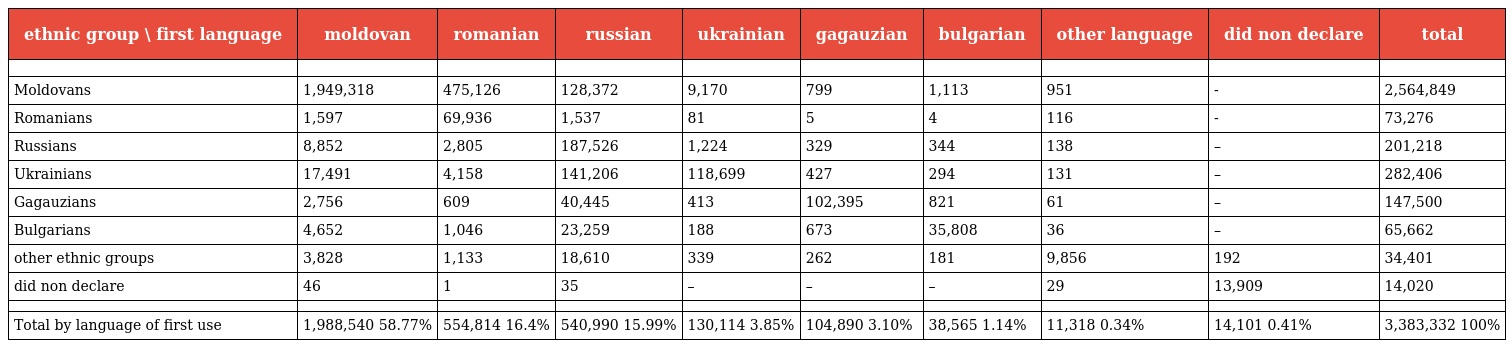
| ethnic group \ first language | moldovan | romanian | russian | ukrainian | gagauzian | bulgarian | other language | did non declare | total |
 | --- | --- | --- | --- | --- | --- | --- | --- | --- | --- |
 |  |  |  |  |  |  |  |  |  |  |
 | Moldovans | 1,949,318 | 475,126 | 128,372 | 9,170 | 799 | 1,113 | 951 | - | 2,564,849 |
 | Romanians | 1,597 | 69,936 | 1,537 | 81 | 5 | 4 | 116 | - | 73,276 |
 | Russians | 8,852 | 2,805 | 187,526 | 1,224 | 329 | 344 | 138 | – | 201,218 |
 | Ukrainians | 17,491 | 4,158 | 141,206 | 118,699 | 427 | 294 | 131 | – | 282,406 |
 | Gagauzians | 2,756 | 609 | 40,445 | 413 | 102,395 | 821 | 61 | – | 147,500 |
 | Bulgarians | 4,652 | 1,046 | 23,259 | 188 | 673 | 35,808 | 36 | – | 65,662 |
 | other ethnic groups | 3,828 | 1,133 | 18,610 | 339 | 262 | 181 | 9,856 | 192 | 34,401 |
 | did non declare | 46 | 1 | 35 | – | – | – | 29 | 13,909 | 14,020 |
 |  |  |  |  |  |  |  |  |  |  |
 | Total by language of first use | 1,988,540 58.77% | 554,814 16.4% | 540,990 15.99% | 130,114 3.85% | 104,890 3.10% | 38,565 1.14% | 11,318 0.34% | 14,101 0.41% | 3,383,332 100% |